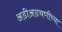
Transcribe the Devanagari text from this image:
अडीअडचणीच्या